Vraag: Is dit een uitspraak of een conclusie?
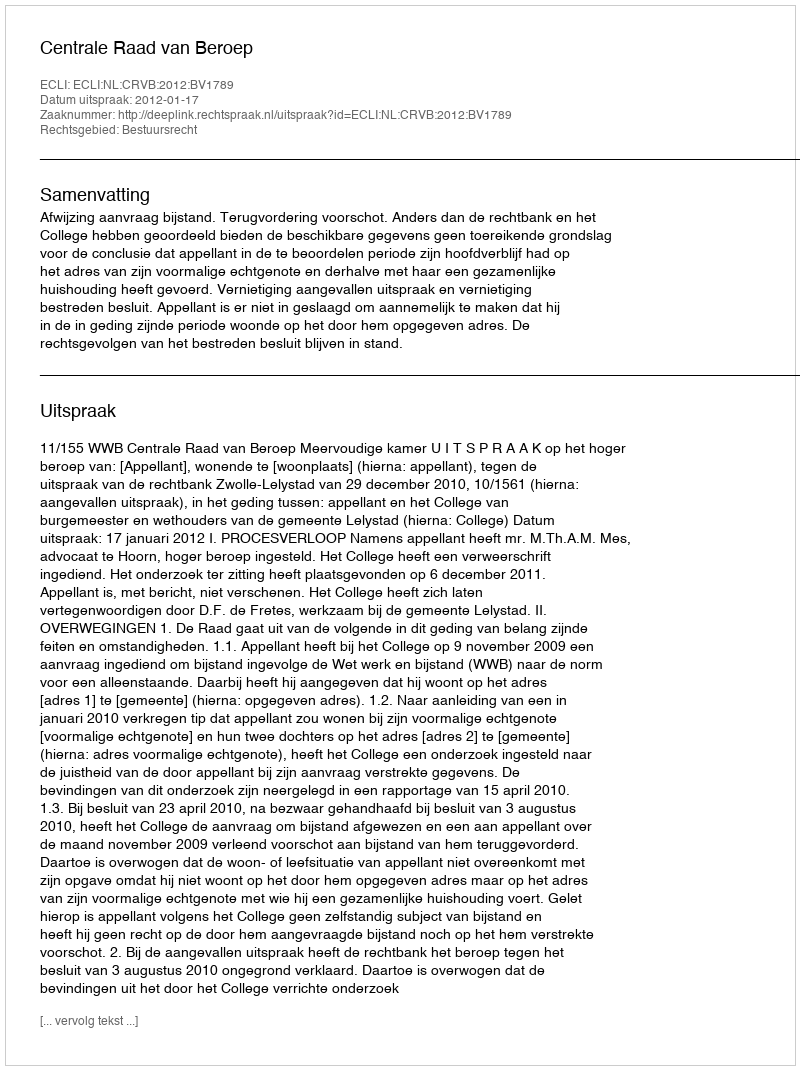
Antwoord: Uitspraak